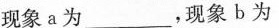
现象a为___，现象b为